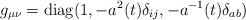
LaTeX: \begin{align*}g_{\mu\nu}={\rm diag }(1,-a^2(t)\delta_{ij},-a^{-1}(t)\delta_{ab})\end{align*}